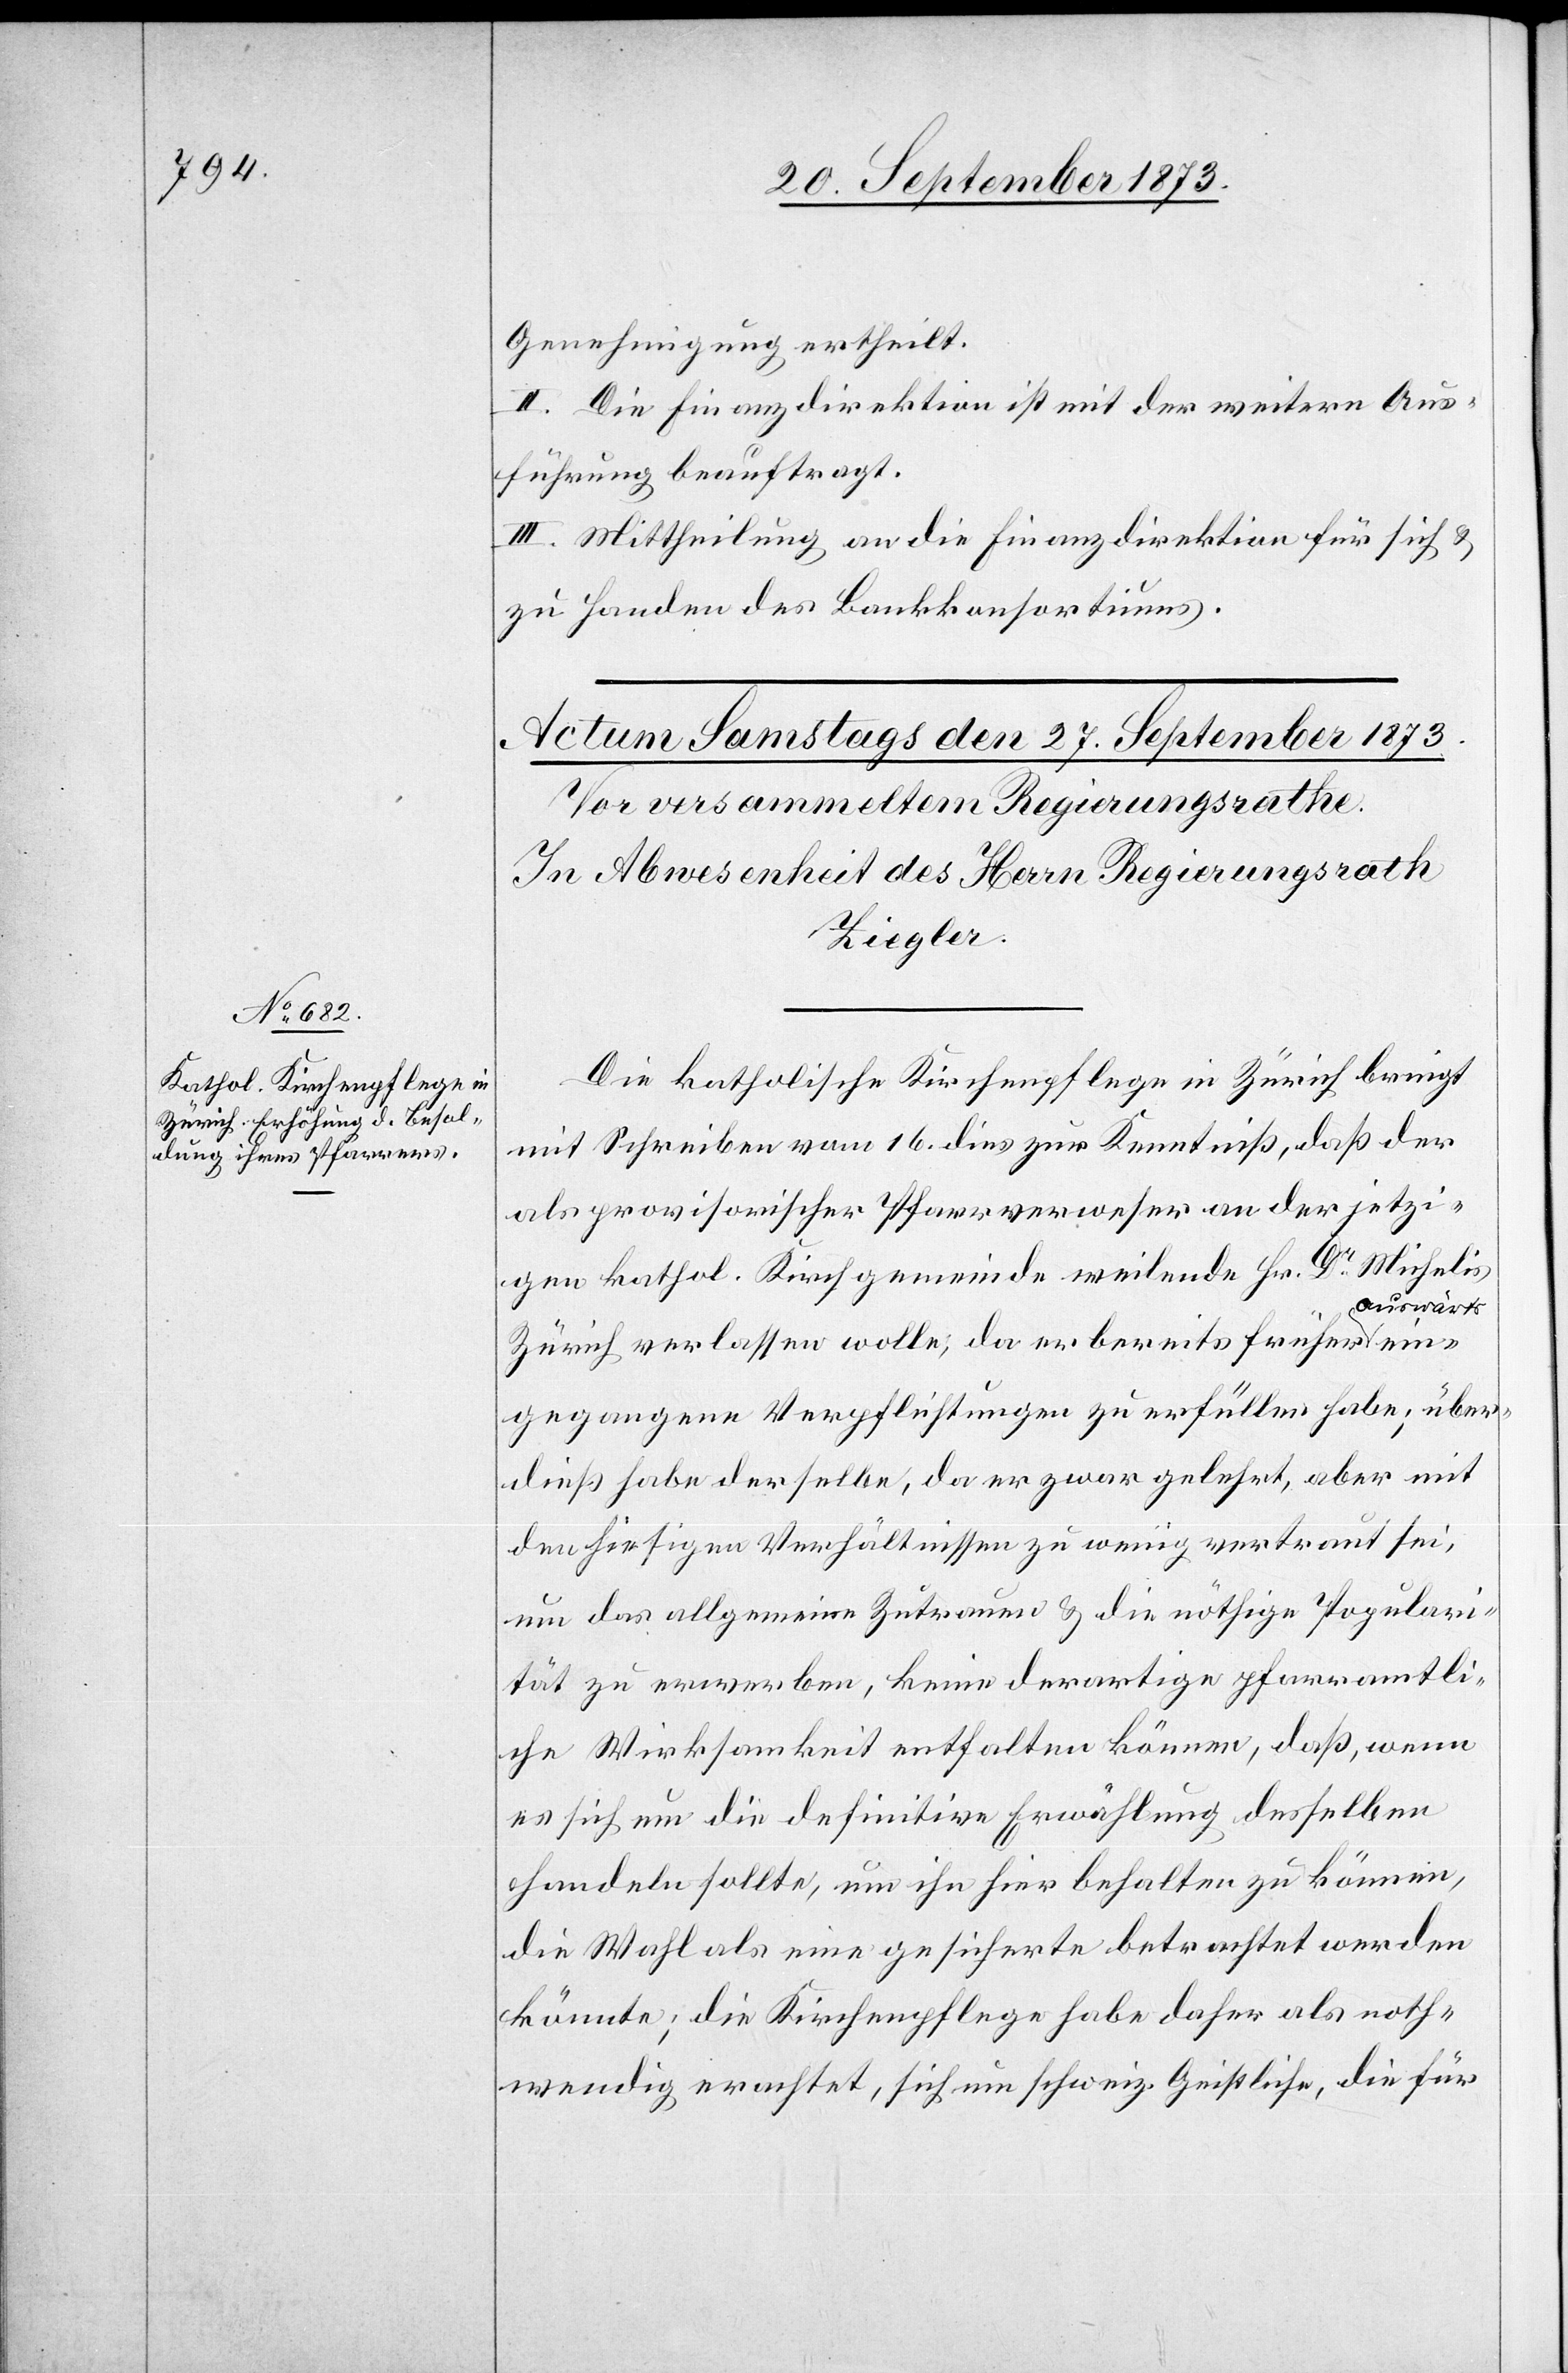
Genehmigung ertheilt.
II. Die Finanzdirektion ist mit der weitern Aus¬
führung beauftragt.
III. Mittheilung an die Finanzdirektion für sich &
zu Handen des Bankkonsortiums.
Die katholische Kirchenpflege in Zürich bringt
mit Schreiben vom 16. dies zur Kenntniß, daß der
als provisorischer Pfarrverweser an der jetzi¬
gen kathol. Kirchgemeinde weilende Hr. Dr Michelis
uswärts
Zürich verlassen wolle, da er bereits früher a¬
eingegangene Verpflichtungen zu erfüllen habe; über¬
dieß habe derselbe, da er zwar gelehrt, aber mit
den hiesigen Verhältnissen zu wenig vertraut sei,
um das allgemeine Zutrauen & die nöthige Populari¬
tät zu erwerben, keine derartige pfarramtli¬
che Wirksamkeit enthalten können, daß, wenn
es sich um die definitive Erwählung desselben
handeln sollte, um ihn hier behalten zu können,
die Wahl als eine gesicherte betrachtet werden
könnte; die Kirchenpflege habe daher als noth¬
wendig erachtet, sich um schweiz. Geistliche, die für